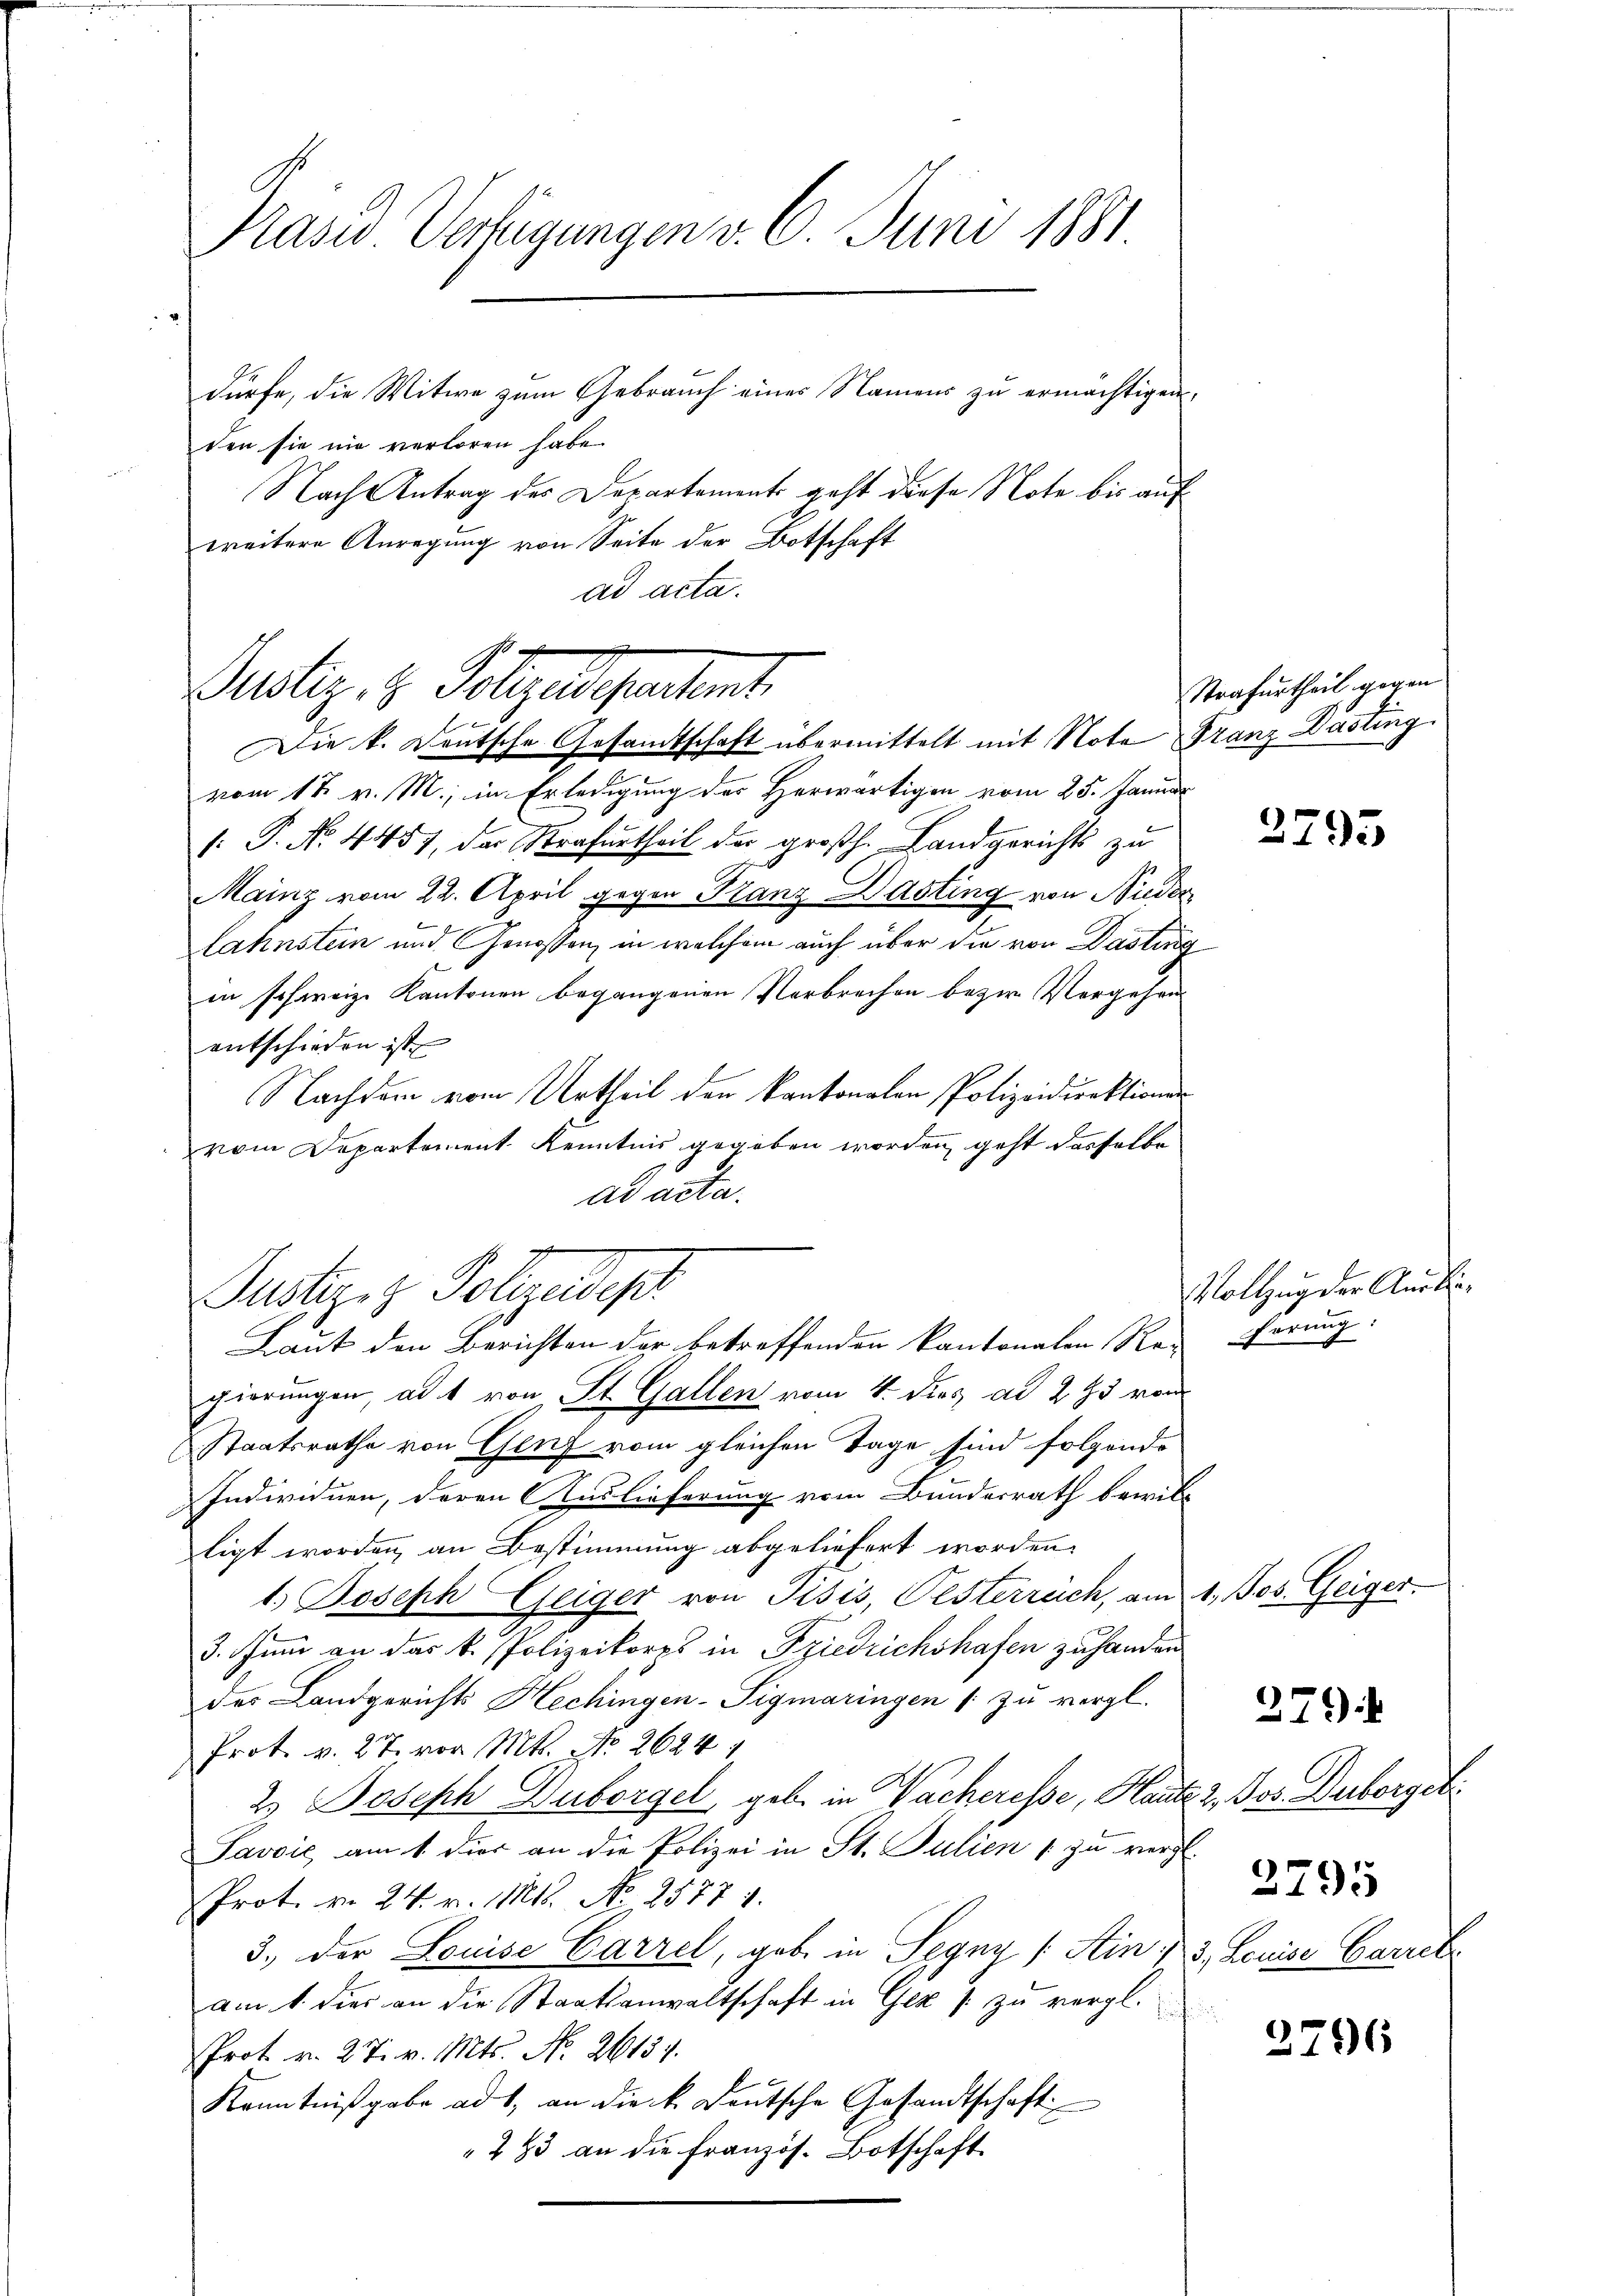
Präses Vertigungen v. 6. Juni 1881

dürfe, die Witwe zum Gebrauch eines Namens zu ermächtigen,
den sie nie verloren habe.
Nach Antrag des Departements geht diese Note bis auf
weitere Anregung von Seite der Botschaft
ad acta.

Justiz. Z. Folgendepartent
Die k. Deutsche Gesandtschaft übermittelt mit Note Franz Dasting

Justiziz Polizeidep
Laut den Berichten der betreffenden Kantonalen Re-

vom 12. v. M., in Erledigung des Herwärtigen vom 25. Januar
[: P. No. 4457, der Strafurtheil der großh. Landgerichts zu
Mainz vom 22. April gegen Franz Dasting von Nieder
Lahnstein und Genossen, in welchem auch über die von Dasting
in schweiz. Kantonen begangenen Verbrechen bezw. Vergehen
entschieden ist
Nachdem vom Urtheil den kantonalen Polizeidirektionenr
vom Departement Kenntnis gegeben worden, geht dasselbe
ad acta.

Strafurtheil gegen

gierungen, als von St. Gallen vom 4. Dies ad 295 von
Staatsrathe von Genf vom gleichen Tage sind folgende
Individuen, deren Auslieferung vom Bundesrath bewill-
ligt worden, an Bestimmung abgeliefert worden.
1.) Joseph Geiger von Pisis, Pesterreich, am 1. Jos. Geiger
3. Juni an das k. Polizeikorps in Friedrichshafen zuhanden
der Landgerichts Hechingen-Sigmaringen 1 zu vergl.
Prot. v. 27. vor Mt. No 2624.
2. Joseph Duborgel geb. in Wacheresse, Kaute 2., Jos. Duborget
Javvić am 1. dies an die Polizei in St. Julien 1 zu vergl.
Prot. v. 24. v. Mts. No 25774.
3.) Der Louise Carrel, gebe in Segny (Ain : 3. Louise Gartet.
am 1. dies an die Staatsanwaltschaft in Gez s. zu vergl.
Prot. v. 27. v. Mts. No. 26134.
Kenntnißgabe ad 1, an die k. Deutsche Gesandtschaft
283 an die Französ. Botschaft

2795

Vollzug der Ausbie¬
Förung:

279

2795

2796